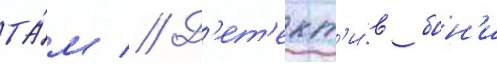
та́м // Д'ет'ект'и́в бон'и